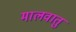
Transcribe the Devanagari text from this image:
मालवातु